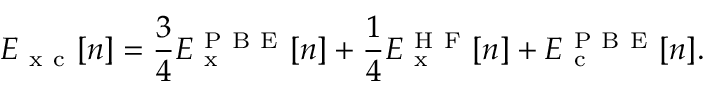
E _ { \mathrm { ~ x ~ c ~ } } [ n ] = \frac { 3 } { 4 } E _ { \mathrm { ~ x ~ } } ^ { \mathrm { ~ P ~ B ~ E ~ } } [ n ] + \frac { 1 } { 4 } E _ { \mathrm { ~ x ~ } } ^ { \mathrm { ~ H ~ F ~ } } [ n ] + E _ { \mathrm { ~ c ~ } } ^ { \mathrm { ~ P ~ B ~ E ~ } } [ n ] .